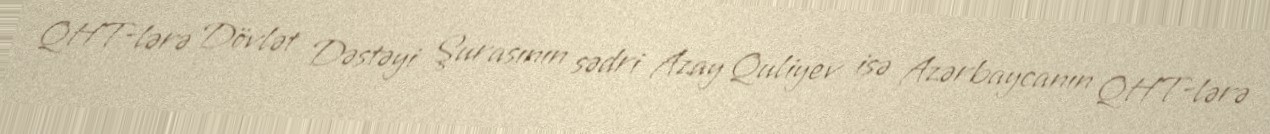
QHT-lərə Dövlət Dəstəyi Şurasının sədri Azay Quliyev isə Azərbaycanın QHT-lərə